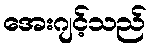
အေးဂျင့်သည်